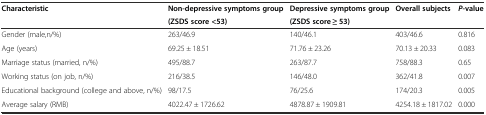
<table><thead><tr><td><b>Characteristic</b></td><td><b>Non-depressive symptoms group</b></td><td><b>Depressive symptoms group</b></td><td><b>Overall subjects</b></td><td><b><i>P</i>-value</b></td></tr><tr><td></td><td><b>(ZSDS score &lt;53)</b></td><td><b>(ZSDS score ≥ 53)</b></td><td></td><td></td></tr></thead><tbody><tr><td>Gender (male,n/%)</td><td>263/46.9</td><td>140/46.1</td><td>403/46.6</td><td>0.816</td></tr><tr><td>Age (years)</td><td>69.25 ± 18.51</td><td>71.76 ± 23.26</td><td>70.13 ± 20.33</td><td>0.083</td></tr><tr><td>Marriage status (married, n/%)</td><td>495/88.7</td><td>263/87.7</td><td>758/88.3</td><td>0.65</td></tr><tr><td>Working status (on job, n/%)</td><td>216/38.5</td><td>146/48.0</td><td>362/41.8</td><td>0.007</td></tr><tr><td>Educational background (college and above, n/%)</td><td>98/17.5</td><td>76/25.6</td><td>174/20.3</td><td>0.005</td></tr><tr><td>Average salary (RMB)</td><td>4022.47 ± 1726.62</td><td>4878.87 ± 1909.81</td><td>4254.18 ± 1817.02</td><td>0.000</td></tr></tbody></table>